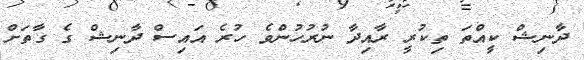
ދާނިޝް ކީއްތަ ތިކުރީ ރާއިދާ ނުރުހުންވެ ހުރެ އައިސް ދާނިޝް ގެ ގާތަށް